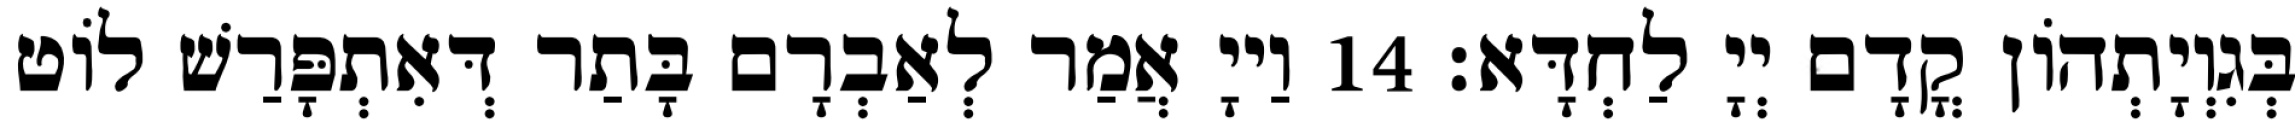
בְּגִוְיָתְהוֹן קֳדָם יְיָ לַחְדָּא׃ 14 וַייָ אֲמַר לְאַבְרָם בָּתַר דְּאִתְפָּרַשׁ לוֹט